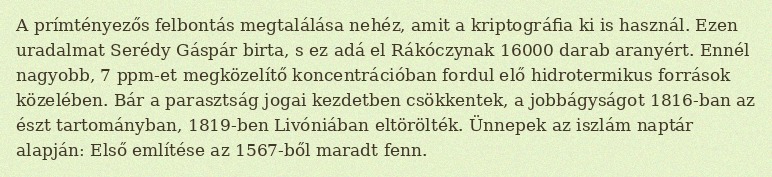
A prímtényezős felbontás megtalálása nehéz, amit a kriptográfia ki is használ. Ezen uradalmat Serédy Gáspár birta, s ez adá el Rákóczynak 16000 darab aranyért. Ennél nagyobb, 7 ppm-et megközelítő koncentrációban fordul elő hidrotermikus források közelében. Bár a parasztság jogai kezdetben csökkentek, a jobbágyságot 1816-ban az észt tartományban, 1819-ben Livóniában eltörölték. Ünnepek az iszlám naptár alapján: Első említése az 1567-ből maradt fenn.